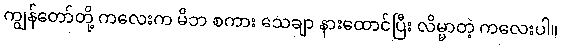
ကျွန်တော်တို့ ကလေးက မိဘ စကား သေချာ နားထောင်ပြီး လိမ္မာတဲ့ ကလေးပါ။